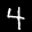
Label: 4